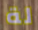
لة